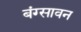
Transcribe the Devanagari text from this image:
बंग्सावन